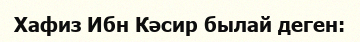
Хафиз Ибн Кәсир былай деген: